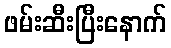
ဖမ်းဆီးပြီးနောက်